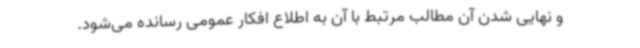
و نهایی شدن آن مطالب مرتبط با آن به اطلاع افکار عمومی رسانده می‌شود.